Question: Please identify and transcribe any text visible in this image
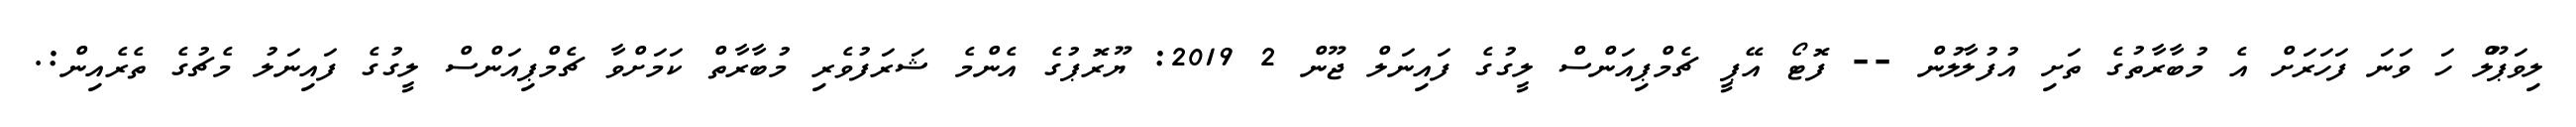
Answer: ލިވަޕޫލް ހަ ވަނަ ފަހަރަށް އެ މުބާރާތުގެ ތަށި އުފުލާލުން -- ފޮޓޯ އޭޕީ ޗެމްޕިއަންސް ލީގުގެ ފައިނަލް ޖޫން 2 2019: ޔޫރޮޕުގެ އެންމެ ޝަރަފުވެރި މުބާރާތް ކަމަށްވާ ޗެމްޕިއަންސް ލީގުގެ ފައިނަލު މެޗުގެ ތެރެއިން:.